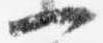
一